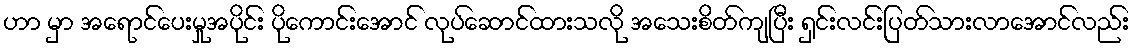
ဟာ မှာ အရောင်ပေးမှုအပိုင်း ပိုကောင်းအောင် လုပ်ဆောင်ထားသလို အသေးစိတ်ကျပြီး ရှင်းလင်းပြတ်သားလာအောင်လည်း